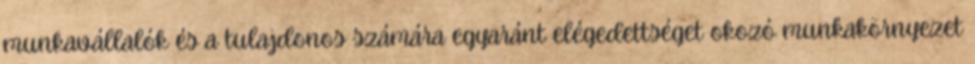
munkavállalók és a tulajdonos számára egyaránt elégedettséget okozó munkakörnyezet